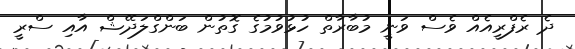
ދެ ރެފްރީއެއް ވެސް ވަނީ މުބާރާތް ހުޅުވުމުގެ ގޮތުން ބަންގްލަދޭޝް އާއި ސްރީ